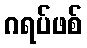
ဂရပ်ဖစ်